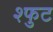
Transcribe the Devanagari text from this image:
श्फुट